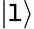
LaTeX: |\mathtt{l}\rangle